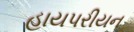
હાયપરીયન